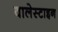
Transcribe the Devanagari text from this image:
वालेस्टाइन